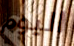
اليوم